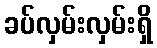
ခပ်လှမ်းလှမ်းရှိ